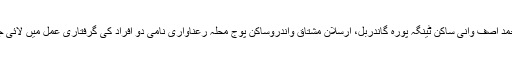
نوہٹہ تھانہ کے ایس ایچ او تاثیر خان نے کشمیر عظمیٰ کو بتایاکہ انہوں محمد آصف وانی ساکن ٹینگہ پورہ گاندربل، ارسلان مشتاق واندروساکن پوج محلہ رعناواری نامی دو افراد کی گرفتاری عمل میں لائی جنہوں نے دوران تحقیقات قبول کیا کہ وہ چوری کی واردات میں ملوث ہیں ۔